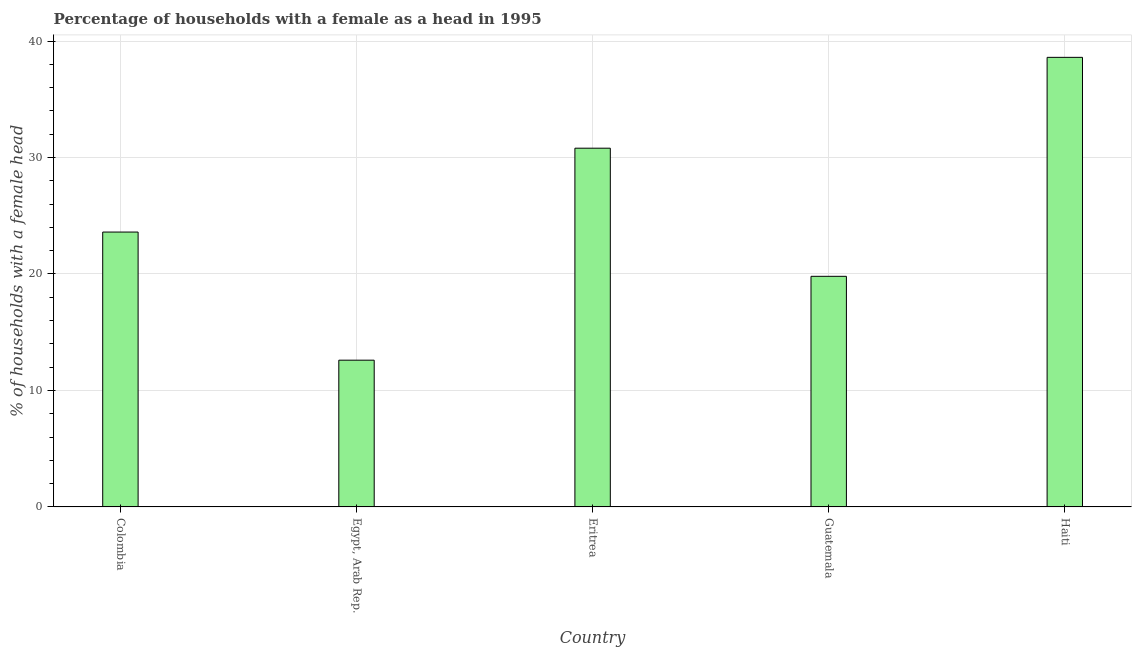
| Country | Female headed households |
 | --- | --- |
 | Colombia | 23.6 |
 | Egypt, Arab Rep. | 12.6 |
 | Eritrea | 30.8 |
 | Guatemala | 19.8 |
 | Haiti | 38.6 |